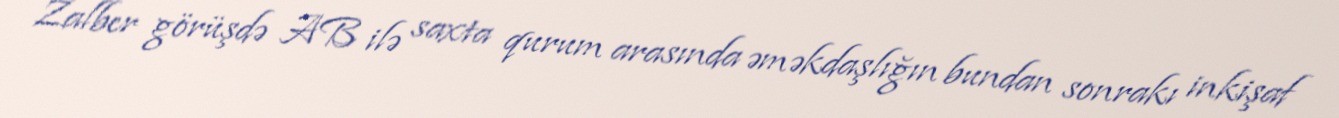
Zalber görüşdə AB ilə saxta qurum arasında əməkdaşlığın bundan sonrakı inkişaf